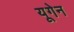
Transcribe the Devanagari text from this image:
यूगेन